Document type: Sale
Year: 1430
Scribe: [Unknown]
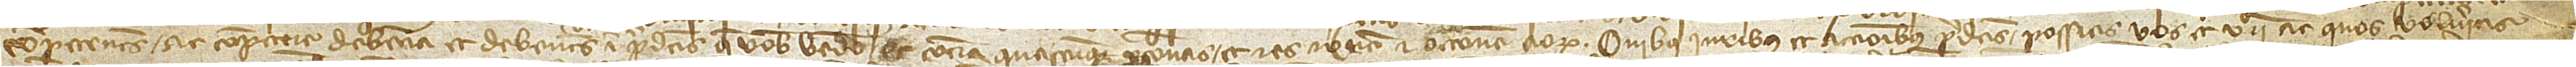
competentes ac competere debencia et debentes in predictis que vobis vendo et contra quascumque personas et res necnon et occasione eorum. Quibus iuribus et accionibus predictis possitis vos et vestri ac quos volueritis